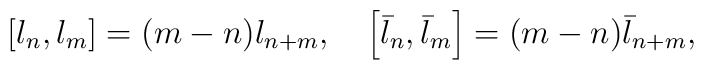
\left[ l_n, l_m \right]=(m-n) l_{n+m}, \,\,\,\,\,\,\left[ \bar{l}_n, \bar{l}_m \right]=(m-n) \bar{l}_{n+m},